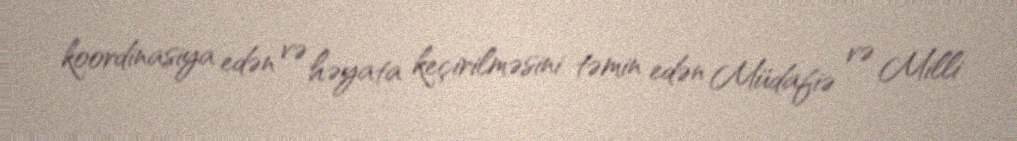
koordinasiya edən və həyata keçirilməsini təmin edən Müdafiə və Milli